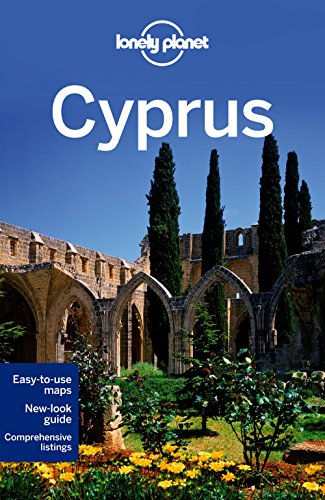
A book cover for Lonely Planet Cyprus (Travel Guide); Lonely Planet; Travel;